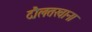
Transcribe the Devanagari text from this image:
दौलतखाना